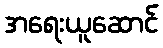
အရေးယူဆောင်